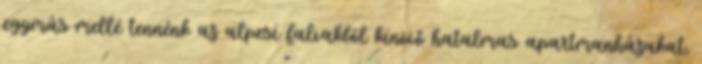
egymás mellé tennénk az alpesi falvakból kinövő hatalmas apartmanházakat,